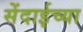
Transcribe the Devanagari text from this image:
सेंदाईच्या